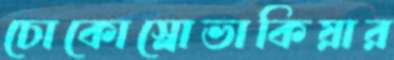
চোকোস্লোভাকিয়ার